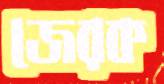
জেরক